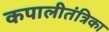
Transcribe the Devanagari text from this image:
कपालीतंत्रिका